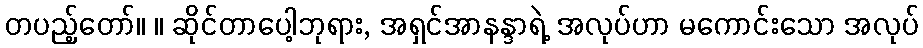
တပည့်တော်။ ။ ဆိုင်တာပေါ့ဘုရား, အရှင်အာနန္ဒာရဲ့ အလုပ်ဟာ မကောင်းသော အလုပ်